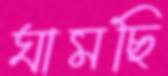
ঘামছি